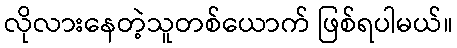
လိုလားနေတဲ့သူတစ်ယောက် ဖြစ်ရပါမယ်။